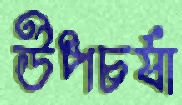
উপচর্যা